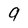
Character: 9